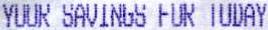
YOUR SAVINGS FOR TODAY